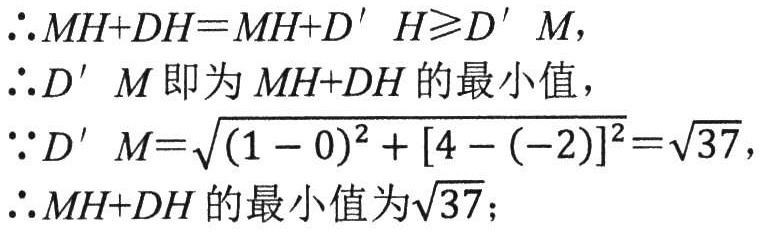
\(\therefore MH + DH=MH + D'H\geqslant D'M\)，
\(\therefore D'M\)即为\(MH + DH\)的最小值，
\(\because D'M=\sqrt{(1 - 0)^{2}+[4 - (-2)]^{2}}=\sqrt{37}\)，
\(\therefore MH + DH\)的最小值为\(\sqrt{37}\)；